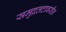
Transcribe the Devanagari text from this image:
समुद्रतटावरील